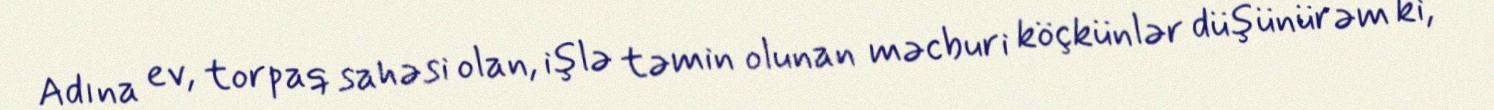
Adına ev, torpaq sahəsi olan, işlə təmin olunan məcburi köçkünlər düşünürəm ki,